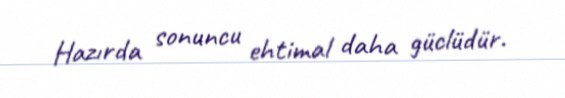
Hazırda sonuncu ehtimal daha güclüdür.